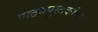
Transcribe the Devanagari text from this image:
पाठयपुस्तकांवर